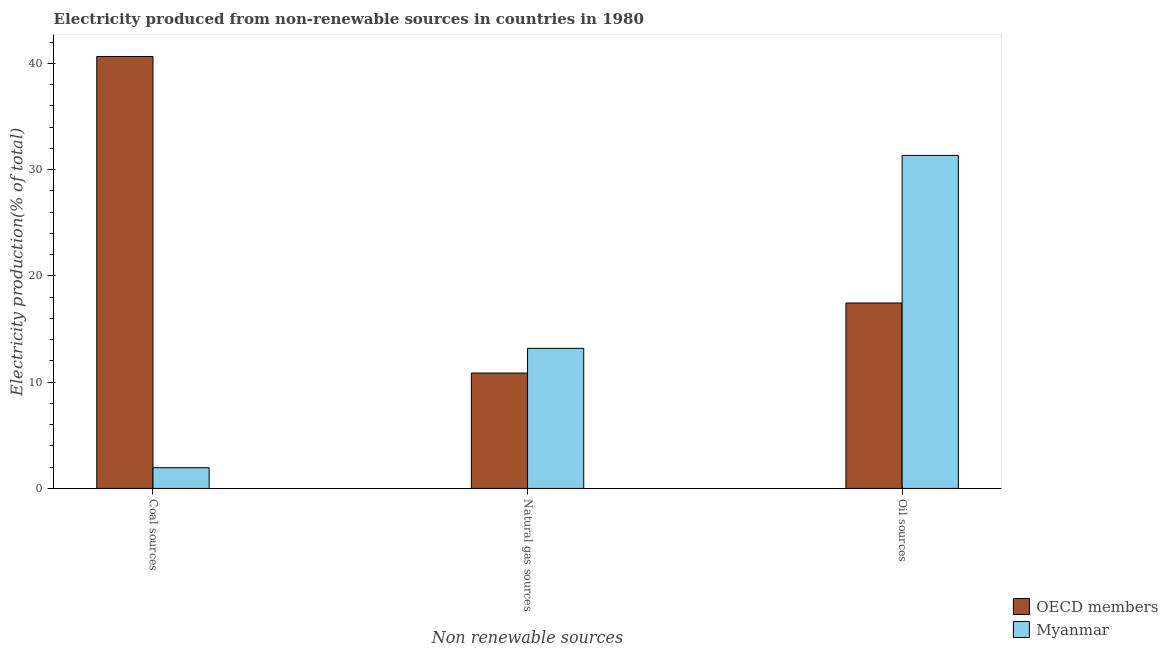
| Non renewable sources | OECD members | Myanmar |
 | --- | --- | --- |
 | Coal sources | 40.6 | 1.95 |
 | Natural gas sources | 10.9 | 13.2 |
 | Oil sources | 17.4 | 31.3 |